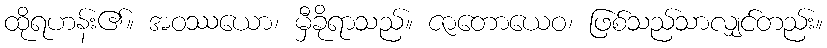
ထိုရဟန်း၏။ အဝဿယော၊ မှီခိုရာသည်။ ဇာတောယေဝ၊ ဖြစ်သည်သာလျှင်တည်း။